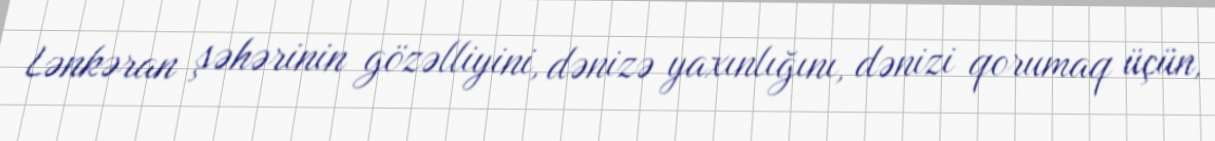
Lənkəran şəhərinin gözəlliyini, dənizə yaxınlığını, dənizi qorumaq üçün,